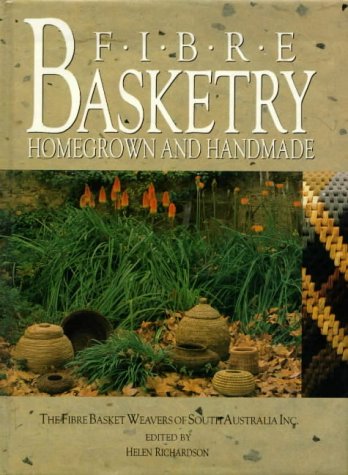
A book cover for Fibre Basketry: Homegrown and Handmade - The Fibre Basket Weavers of South Australia Inc.; Crafts, Hobbies & Home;